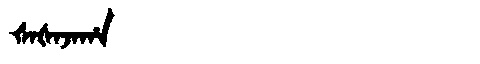
Manchu: ᡧᠠᡧᠠᠵᠠᡥᠠ
Romanization: ŠAŠAJAHA